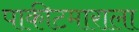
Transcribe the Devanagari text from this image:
पाकीटमाराला